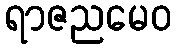
ရာဇညမေဝ